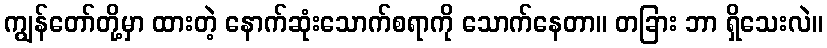
ကျွန်တော်တို့မှာ ထားတဲ့ နောက်ဆုံးသောက်စရာကို သောက်နေတာ။ တခြား ဘာ ရှိသေးလဲ။